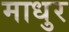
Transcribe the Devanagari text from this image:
माधुर